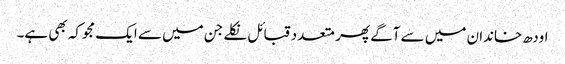
اودھ خاندان میں سے آگے پھر متعدد قبائل نکلے جن میں سے ایک مجوکہ بھی ہے۔